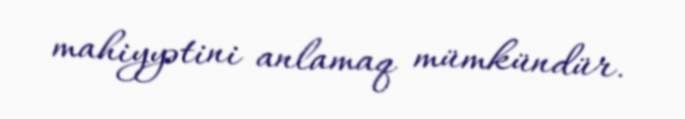
mahiyyətini anlamaq mümkündür.